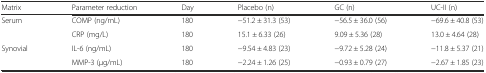
| Matrix | Parameter reduction | Day | Placebo (n) | GC (n) | UC-II (n) |
 | --- | --- | --- | --- | --- | --- |
 | <ROWSPAN=2> Serum | COMP (ng/mL) | 180 | −51.2 ± 31.3 (53) | −56.5 ± 36.0 (56) | −69.6 ± 40.8 (53) |
 | CRP (mg/L) | 180 | 15.1 ± 6.33 (26) | 9.09 ± 5.36 (28) | 13.0 ± 4.64 (28) |
 | <ROWSPAN=2> Synovial | IL-6 (ng/mL) | 180 | −9.54 ± 4.83 (23) | −9.72 ± 5.28 (24) | −11.8 ± 5.37 (21) |
 | MMP-3 (μg/mL) | 180 | −2.24 ± 1.26 (25) | −0.93 ± 0.79 (27) | −2.67 ± 1.85 (23) |